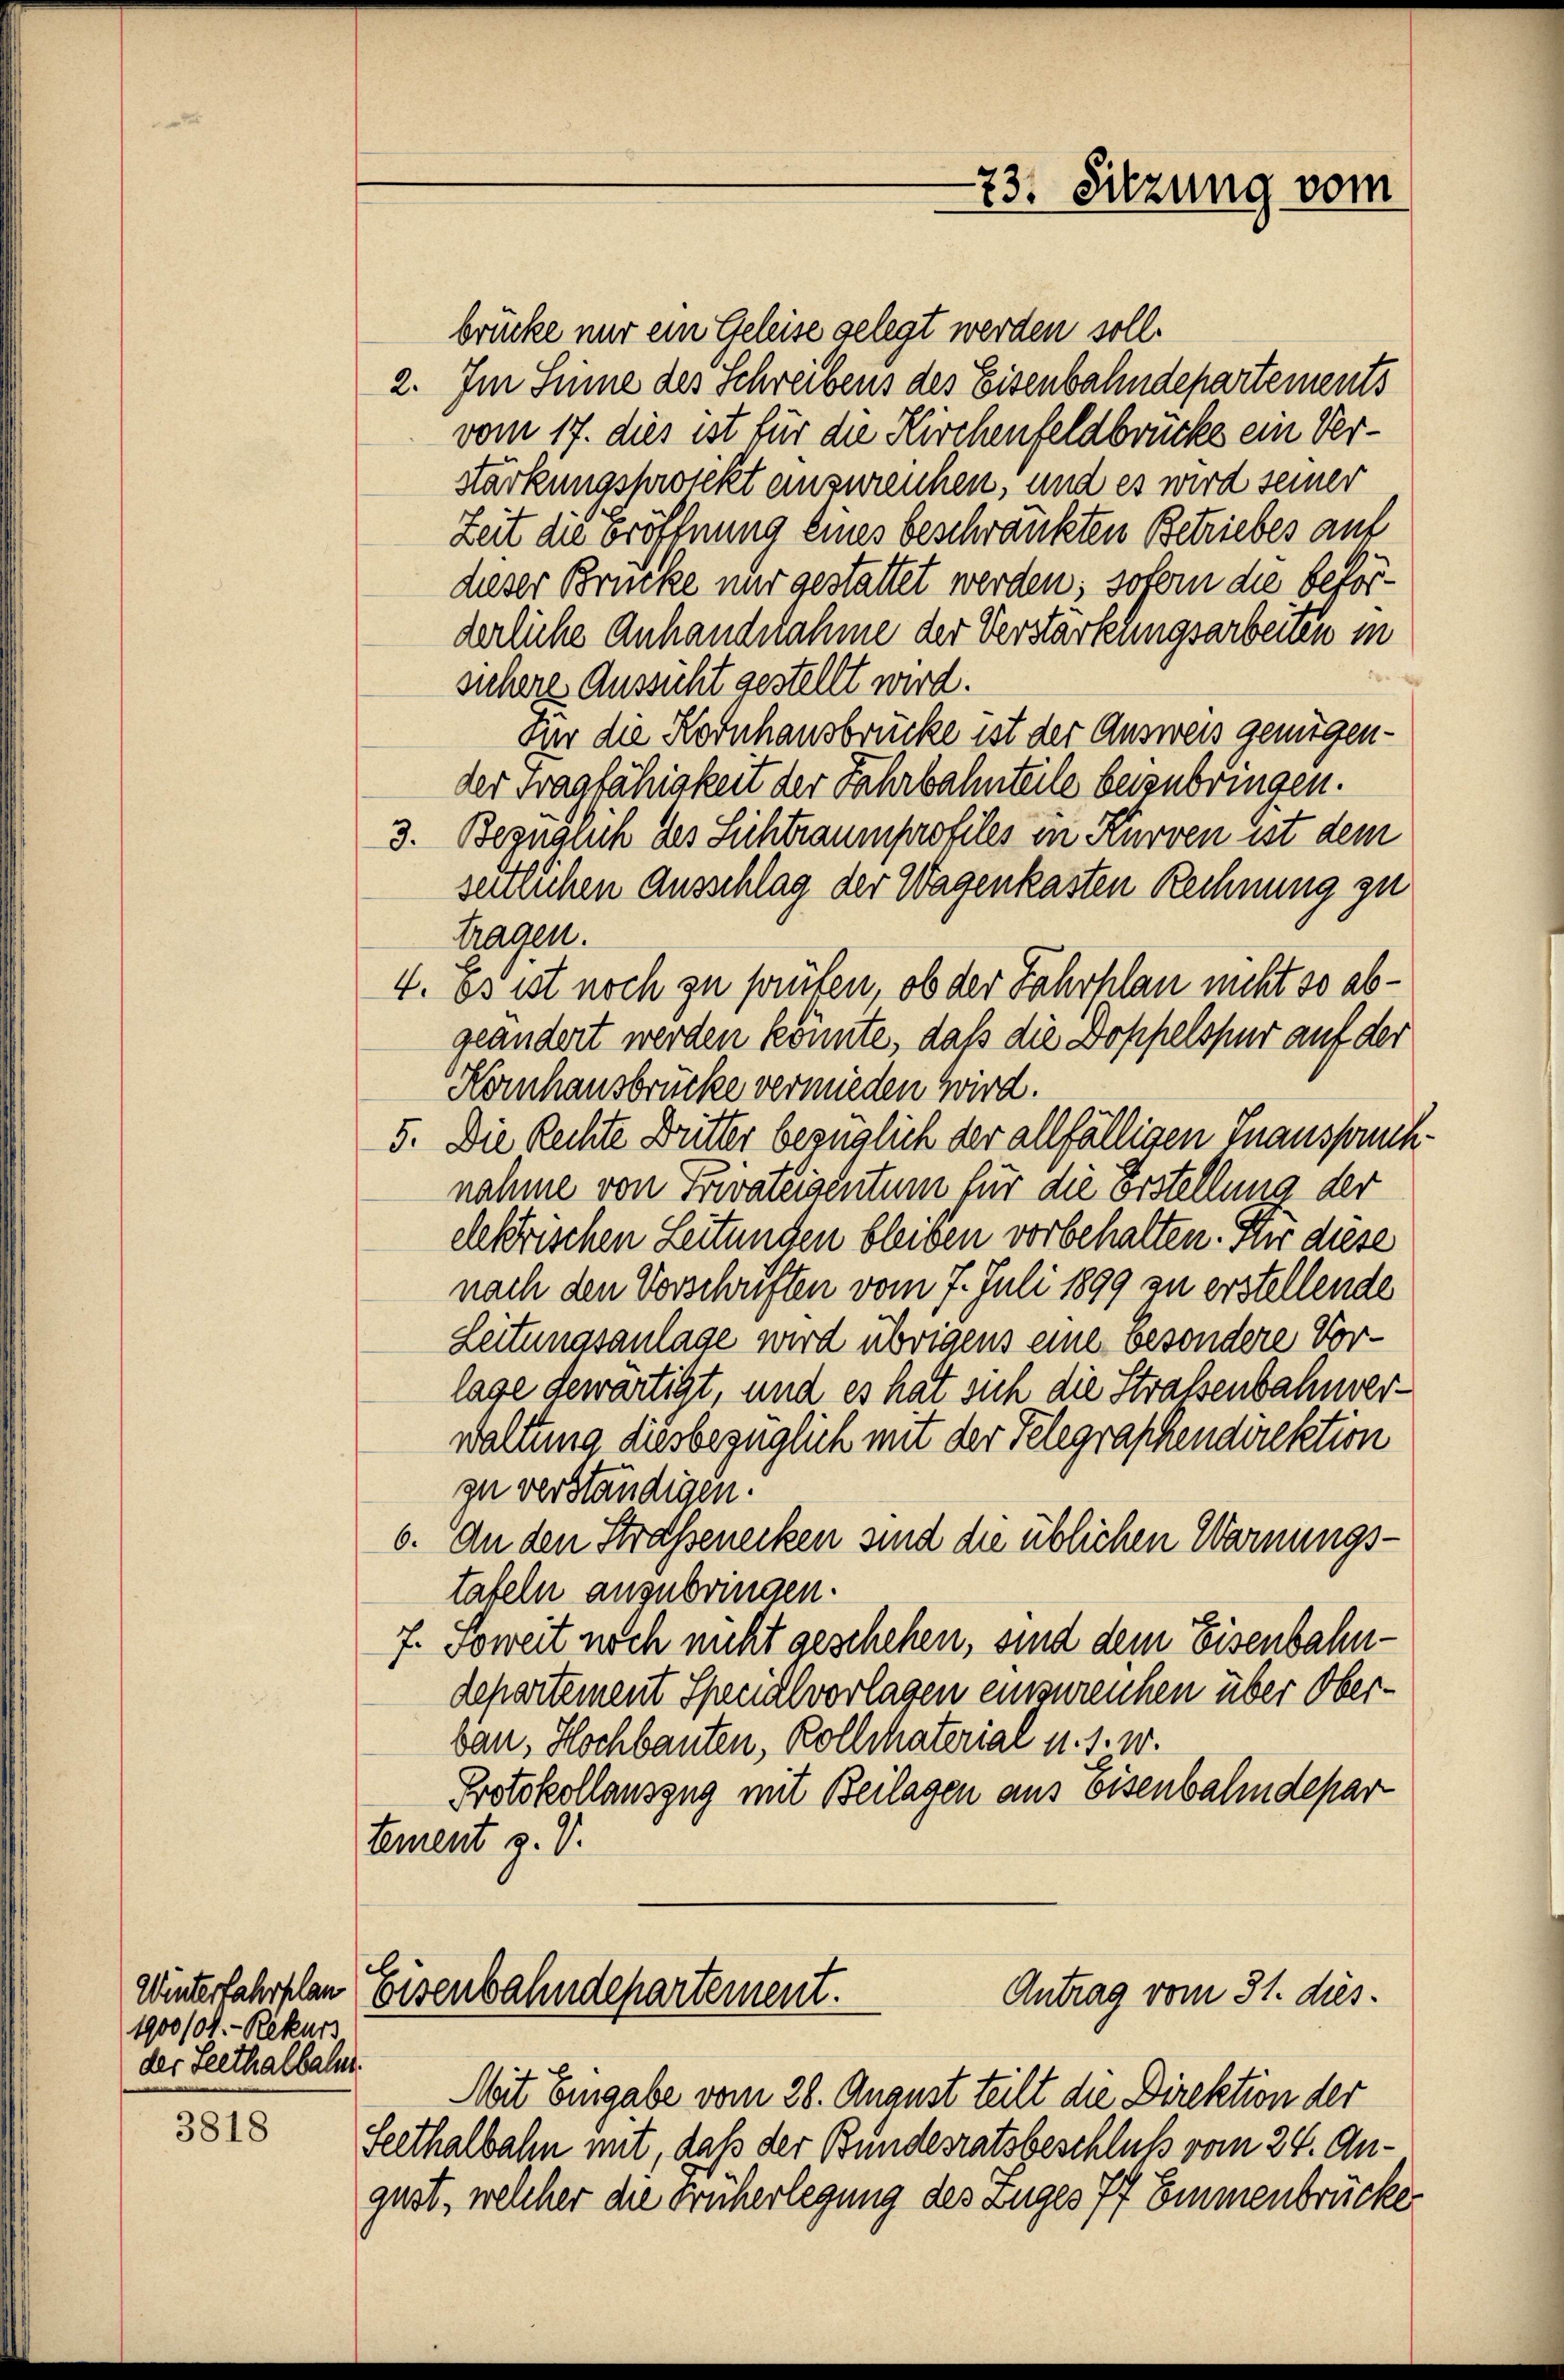
Winterfahrplan
1900/04.- Rekurs
der Seethalbahn.

3818

73. Sitzung vom

brücke nur ein Geleise gelegt werden soll.
2. Im Sinne des Schreibens des Eisenbahndepartements
vom 17. dies ist für die Kirchenfeldbrücke ein Verstarkungsprojekt einzureichen, und es wird seiner
Zeit die eröffnung eines beschränkten Betriebes auf
dieser Brücke nur gestattet werden; sofern die beförderliche Anhandnahme der Verstärklungsarbeiten in
suchere Aussicht gestellt wird.
Für die Kornhausbrücke ist der Ausweis genügender Tragfähigkeit der Fahrbahnteile beizubringen.
3. Bezuguch des Sichtraumprofiles in Kurven ist dem
seitlichen Ausschlag der Wagenkasten Rechnung zu
tragen.
4. Es ist noch zu prüfen, ob der Fahrhlan nicht so abgeändert werden könnte, daß die Doppelspur auf der
Kornhausbrücke vermieden wird.
5. Die Rechte Dritter bezüglich der allfälligen Inanspornich
nahme von Privateigentum für die Erstellung der
elektrischen Leitungen bleiben vorbehalten. Ihr diese
nach den Vorschriften vom 7. Juli 1899 zu erstellende
Leitungsanlage wird übrigens eine besondere Vorlage dewärtigt, und es hat sich die Strafsenbahnverwaltung diesbezüglich mit der Telegraphendirektion
zu verständigen.
6. An den Strassenecken sind die üblichen Warnungstafeln anzubringen.
7. Soweit noch nicht geschehen, sind dem Eisenbahndepartement Specialvorlagen einzureichen über Oberbau, Hochbauten, Kollaterial u. s. w.
Protokollauszug mit Beilagen aus Eisenbahndepar
tement z. V.

Mit Eingabe vom 28. August teilt die Direktion der
Seethalbahn mit, daß der Bundesratsbeschluß vom 24. August, welcher die Früherlegung des Zuges 77 Emmenbrücker

Eisenbahndepartement.
Antrag vom 31. dies